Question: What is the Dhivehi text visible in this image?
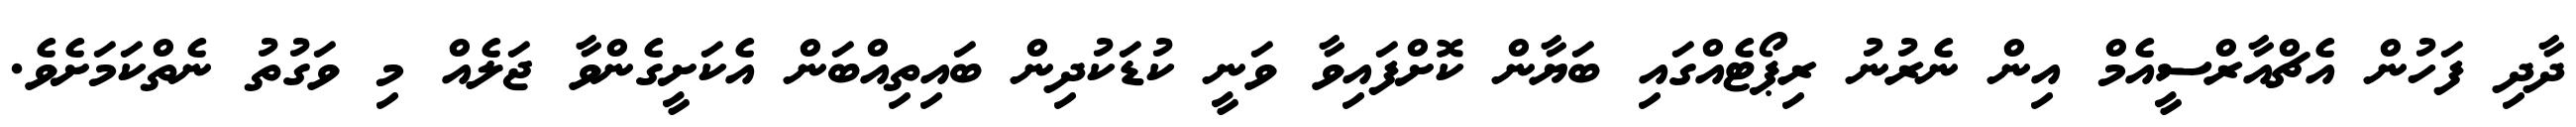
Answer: ދާދި ފަހުން އެޗްއާރްސީއެމް އިން ނެރުނު ރިޕޯޓެއްގައި ބަޔާން ކޮށްފައިވާ ވަނީ ކުޑަކުދިން ބައިތިއްބަން އެކަށީގެންވާ ޖަލެއް މި ވަގުތު ނެތްކަމަށެވެ.